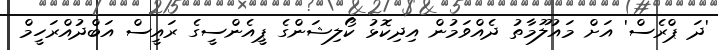
'ދަ ޕްރެސް' އަށް މައުލޫމާތު ދެއްވަމުން އިދިކޮޅު ކޯލިޝަންގެ ޕީއެންސީގެ ރައީސް އަބްދުއްރަހީމް